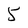
Character: 5